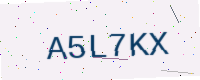
Text: A5L7KX